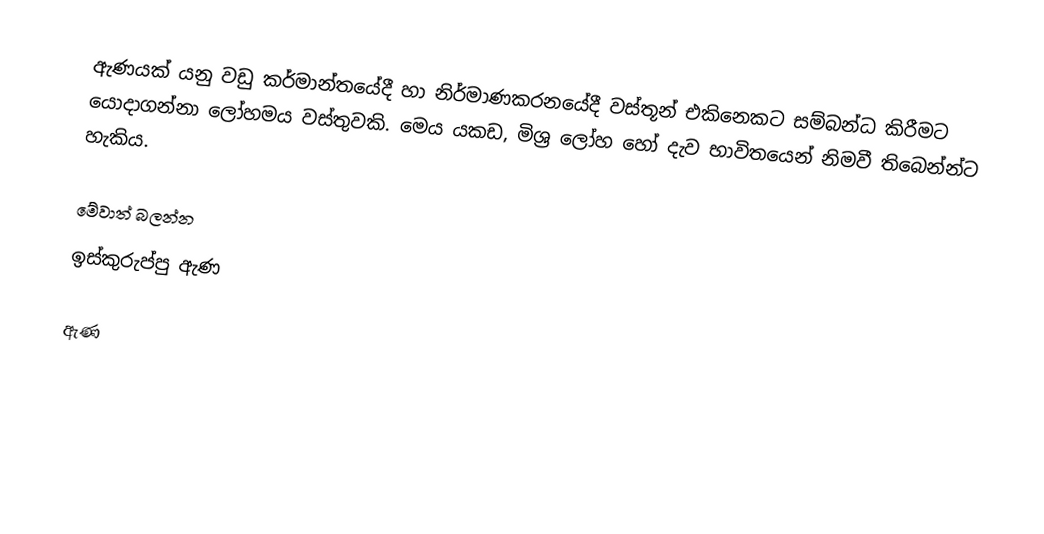
ඇණයක් යනු වඩු කර්මාන්තයේදී හා නිර්මාණකරනයේදී වස්තූන් එකිනෙකට සම්බන්ධ කිරීමට යොදාගන්නා ලෝහමය වස්තුවකි. මෙය යකඩ, මිශ්‍ර ලෝහ හෝ දැව භාවිතයෙන් නිමවී තිබෙන්න්ට හැකිය.

මේවාත් බලන්න
ඉස්කුරුප්පු ඇණ

ඇණ